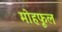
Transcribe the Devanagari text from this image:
मोहफूल